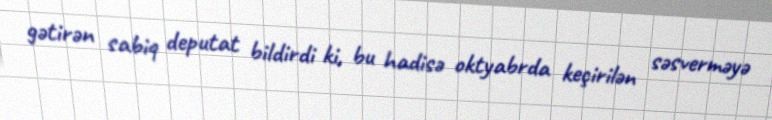
gətirən sabiq deputat bildirdi ki, bu hadisə oktyabrda keçirilən səsverməyə